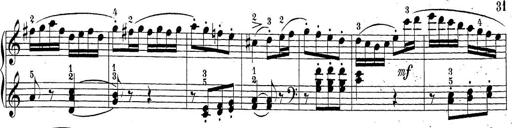
Title: Sonatina Album
Composer: Louis KÃ¶hler